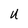
Character: U